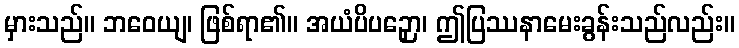
မှားသည်။ ဘဝေယျ၊ ဖြစ်ရာ၏။ အယံပိပဉှော၊ ဤပြဿနာမေးခွန်းသည်လည်း။